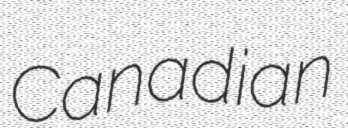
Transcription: Canadian